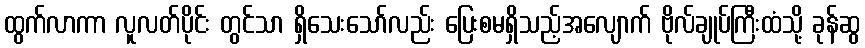
ထွက်လာကာ လူလတ်ပိုင်း တွင်သာ ရှိသေးသော်လည်း ပြေးစမရှိသည့်အလျောက် ဗိုလ်ချုပ်ကြီးထံသို့ ခုန်ဆွ